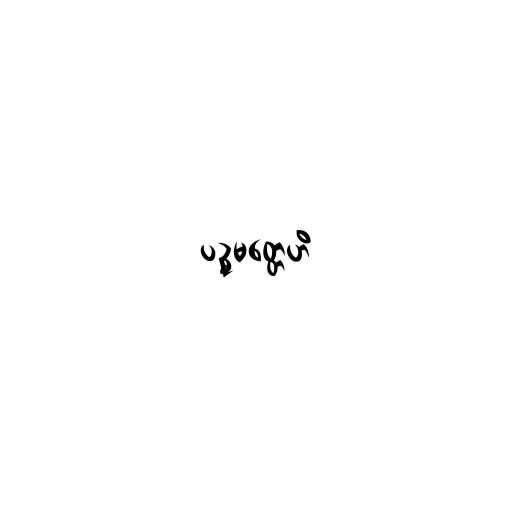
ပဉ္စမတ္တေဟိ